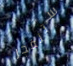
ستنفجر